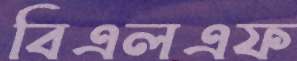
বিএলএফ